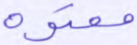
معتوه